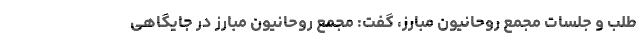
طلب و جلسات مجمع روحانیون مبارز، گفت: مجمع روحانیون مبارز در جایگاهی